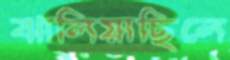
ঝালিয়াছিলে